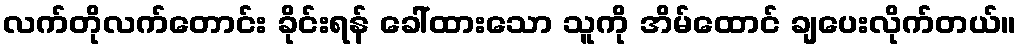
လက်တိုလက်တောင်း ခိုင်းရန် ခေါ်ထားသော သူကို အိမ်ထောင် ချပေးလိုက်တယ်။